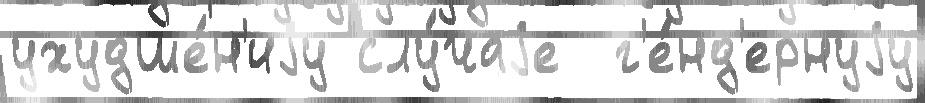
ухудше́н'иjу слу́чаjе  г'е́нд'ернуjу